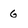
Character: 6